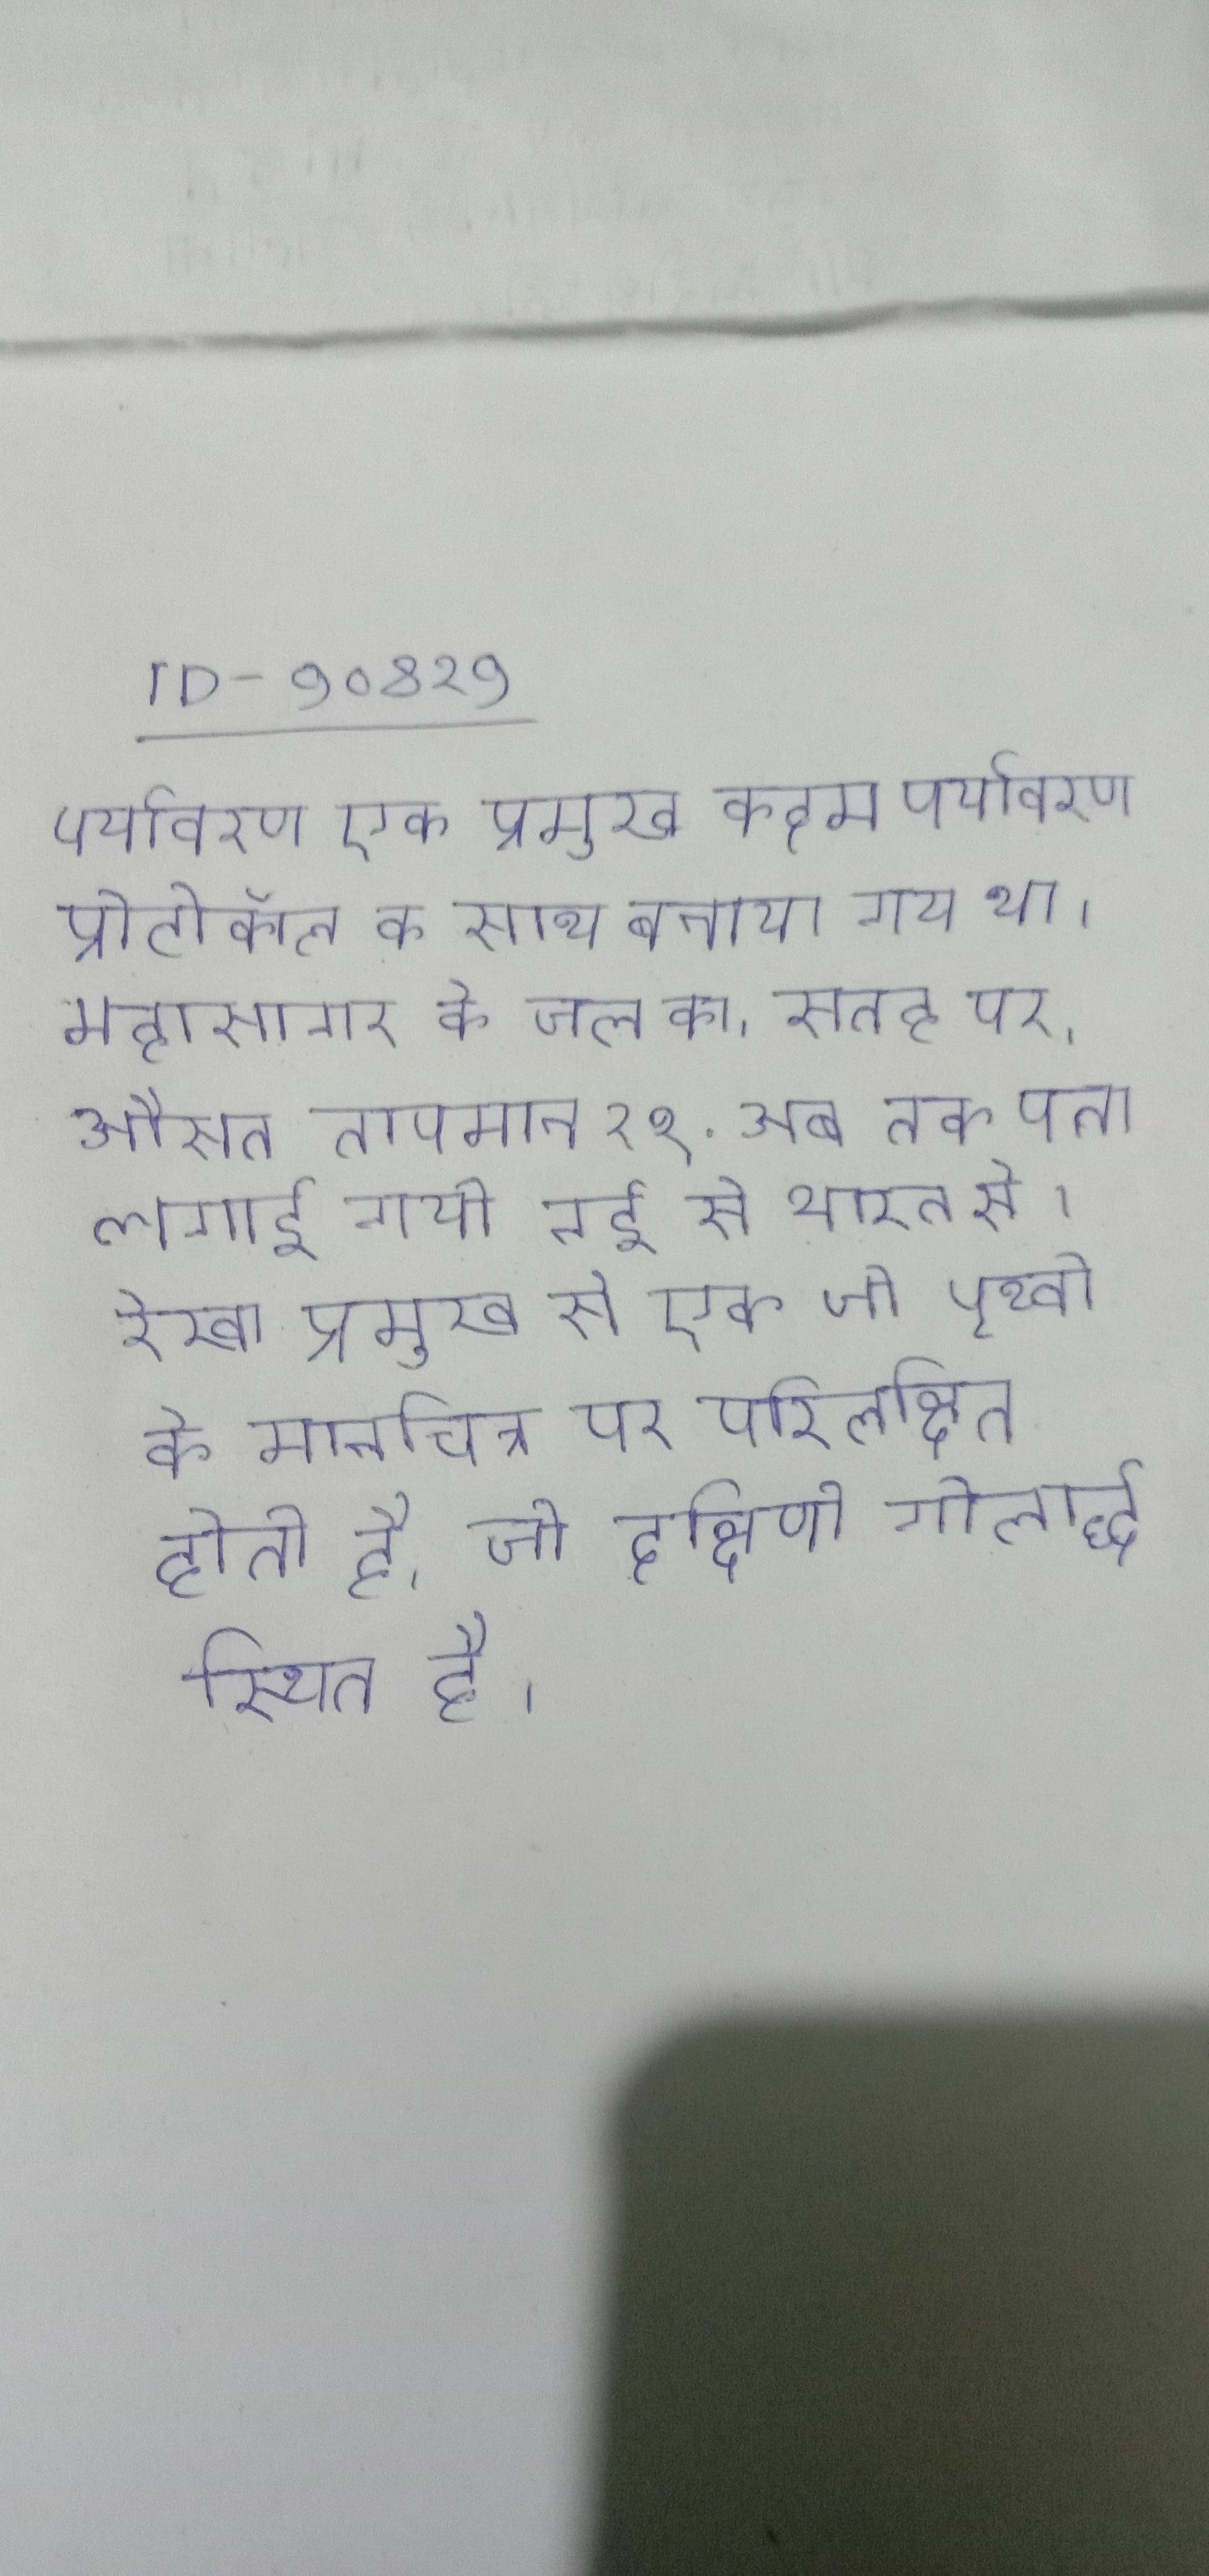
पर्यावरण एक प्रमुख कदम पर्यावरण प्रोटोकॉल के साथ बनाया गया था । महासागर के जल का, सतह पर, औसत तापमान २९ . अब तक पता लगाई गयी नई से भारत से । रेखा प्रमुख से एक जो पृथ्वी के मानचित्र पर परिलक्षित होती है, जो दक्षिणी गोलार्द्ध स्थित है ।